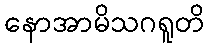
နောအာမိသဂရူတိ